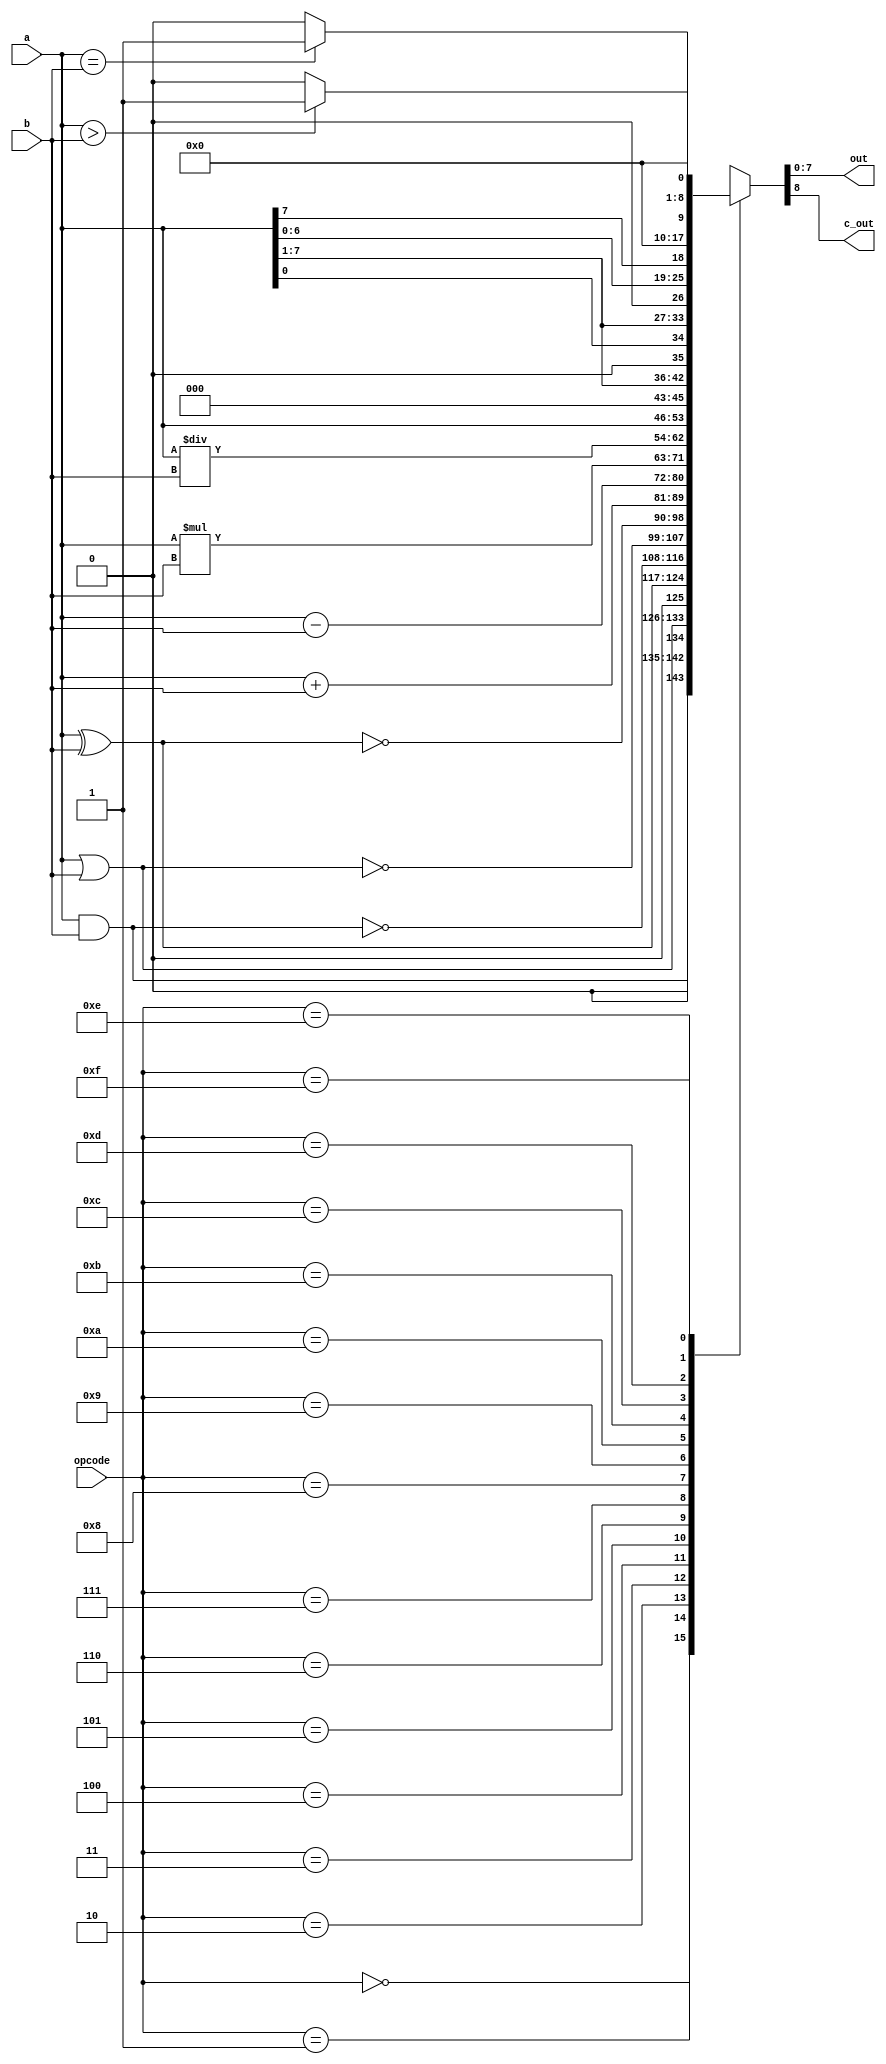
`timescale 1ns / 1ps
module alu(input [7:0] a,b,input [3:0] opcode,output reg [7:0] out,output reg c_out);
reg [8:0] temp;
always @(*) begin
case(opcode)
    4'b0000:temp=a&b;//Bitwise AND
    4'b0001:temp=a|b;//Bitwise OR
    4'b0010:temp=a^b;//Bitwise XOR
    4'b0011:temp=~(a&b);//Bitwise NAND
    4'b0100:temp=~(a|b);//Bitwise NOR
    4'b0101:temp=~(a^b);//Bitwise XNOR
    4'b0110:temp=a+b;//Addition
    4'b0111:temp=a-b;//Subtraction
    4'b1000:temp=a*b;//Multiplication
    4'b1001:temp=a/b; //Division
    4'b1010:temp=a<<1;//Left Shift
    4'b1011:temp=a>>1;//Right Shift
    4'b1100:temp={a[0],a[7:1]};//Rotate Right
    4'b1101:temp={a[6:0],a[7]};//Rotate Left
    4'b1110:temp=(a==b)?8'b1:8'b0;//Equal Comparision
    4'b1111:temp=(a>b)?8'b1:8'b0;//Greater Comparision
    default:temp=8'd0;
endcase
end
always @(*) begin
     out=temp[7:0];
     c_out=temp[8];
 end
endmodule